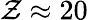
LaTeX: \mathcal{Z}\approx20